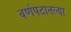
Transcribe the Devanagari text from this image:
वर्णपटातल्या